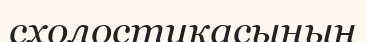
схолостикасының